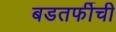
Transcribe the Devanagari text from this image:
बडतर्फीची